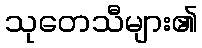
သုတေသီများ၏